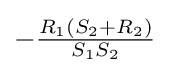
-{\tfrac {R_{1}(S_{2}+R_{2})}{S_{1}S_{2}}}